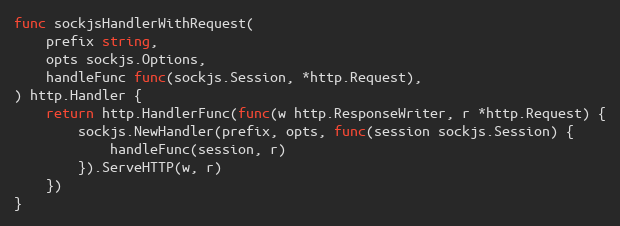
Language: Go
func sockjsHandlerWithRequest(
	prefix string,
	opts sockjs.Options,
	handleFunc func(sockjs.Session, *http.Request),
) http.Handler {
	return http.HandlerFunc(func(w http.ResponseWriter, r *http.Request) {
		sockjs.NewHandler(prefix, opts, func(session sockjs.Session) {
			handleFunc(session, r)
		}).ServeHTTP(w, r)
	})
}